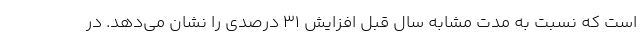
است که نسبت به مدت مشابه سال قبل افزایش ۳۱ درصدی را نشان می‌دهد. در